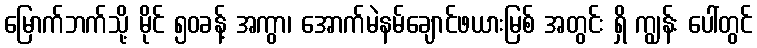
မြောက်ဘက်သို့ မိုင် ၅၀ခန့် အကွာ၊ အောက်မဲနမ်ချောင်ဖယားမြစ် အတွင်း ရှိ ကျွန်း ပေါ်တွင်